King Institute of Preventive Medicine Micro-Biological Section reports 1909-11
Year: 1909
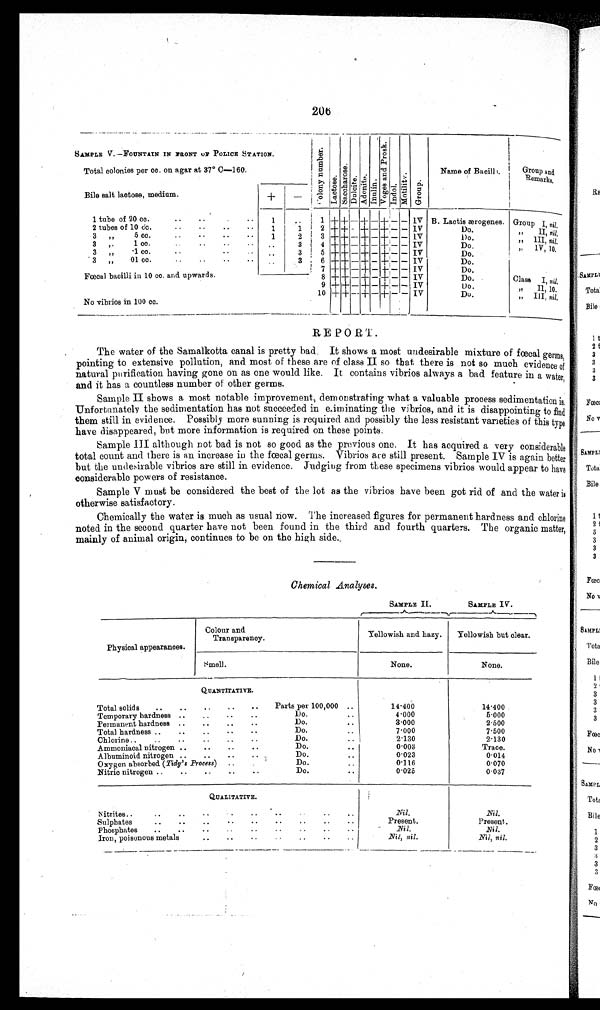
206
SAMPLE V. —FOUNTAIN IN FR0NT OF POLICE STATION.
Total colonies per cc. on agar at 37° C-160.
C o l o n y n u m b e r .
L a c t o s e .
S a c c h a r o s e .
D u l c i t e .
A d o n i t e . I n u l i n .
V o g e s a n d P r o s k .
I n d o l .
M o t i l i t y .
G r o u p .
Name of Bacilli..
Group and
Re marks.
Bile salt lactose, medium.
+
—
1 + + - + - + - - IV B. Lactis ærogenes. Group I, nil.
1 tube of 20 cc.
.
.
1
..
2 tubes of 10 cc.
. 1
1
2 + + - + - - - - IV
Do.
II,n i l .
3 ,, 5 cc.
2
3 + + - + - + - - 1V
Do.
,, III, nil.
3
1 cc.
. .
3
4 + + - + - + - - IV
D o .
, , 1 V , 1 0 .
3 „
.1 cc. . . . . .
..
3
5 + + - + - + - - IV
Do.
, ,
, 6 + + - + - + - - IV
D o .
3 ,, 01 cc.
..
..
..
..
3
7 + + - + - + - - IV
Do.
8 + + - + - + - - IV
Do.
Class I, nil.
Fœcal bacilli in 10 cc. and upwards.
No vibrios in 100 cc.
9 + + - + - + - - IV
Do.
10 + + -
+
- + -
- IV
Do.
, , I I , 1 0 .
„ III, nil.
REPORT.
The water of the Samal kotta canal i s pretty bad. It shows a most undesi rabl e mi xture of fœcal germs,
pointing to extensive pollution, and. most of these are of class II so that there is not so much evidence of
natural purification having gone on as one would like . It contains vibrios always a bad feature in a water,
and it has a countless number of other germs.
Sample II shows a most notable improvement, demonstrating what a valuable process sedimentation is.
Unfortunately the sedimentation has not succeeded in eiminating the vibrios, and it is disappointing to find
them still in evidence. Possibly more sunning is required and possibly the less resistant varieties of this type
have disappeared, but more information is required on these points.
S a m p l e I I I a l t h o u g h n o t b a d i s n o t s o g o o d a s t h e p r e v i o u s o n e . I t h a s a c q u i r e d a v e r y c o n s i d e r a b l e
total count and there is an increase in the fœcal germs. Vibrios ace still present. Sample IV is again better
but the undesirable vibrios are still in evidence.Judging from these specimens vibrios would appear to have
considerable powers of resistance.
Sample V must be considered the best of the lot as the vibrios have been got rid of and the water
is otherwise satisfactory.
Chemically the water is much as usual now. The increased figures for permanent hardness and chlorine
noted in the second quarter have not been found in the third and fourth quarters. The organic matter,
mainly of animal origin, continues to be on the high side.
Chemical Analyses.
SAMPLE IL
......,— _fir SAMPLE IV.
./... ______I
Physical appearances.
Colour and
Transparency.
Yellowish and hazy. Yellowish but clear.
Smell.
None.
None.
QUANTITATIVE.
Total solids ..
..
. „ . ..
Parts per 100,000 ..
14.400
14.400
Temporary hardness ..
. . . . . .
Do.
4.000
5.000
Permanent hardness ..
..
. , . .
Do...
3 . 0 0 0
2.500
Total hardness ..
..
..
. . . .
Do.. . -
7 . 0 0 0
7.500
Chlorine ..
..
. . .. .. . .
Do.
2.130
2.130
Ammoniacal nitrogen ..
..
..
..
Do.
. .
0.003
Trace.
Albuminoid nitrogen ..
..
. . , .
Do.
0.023
0.014
Oxygen absorbed. (Tidy's Process) ..
Do.
0.116
0.070
Nitric nitrogen ..
..
..
..
. .
Do.
..
0.025
0.037
QUALITATIVE.
Nitrites..
..
..
Nil.
Nil.
Sulphates
. . . - . . . . . . . . .. .. ..
Present.
Present.
Phosphates.. ..
. . . . . . . . . . . .
Nil.
.Nel.
Iron, poisonous metals
..
..
..
..
..
Nil, nil.
Nil, nil.